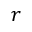
r